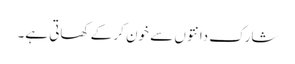
شارک دانتوں سے خون کر کے کھاتی ہے۔